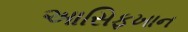
આસિફખાન